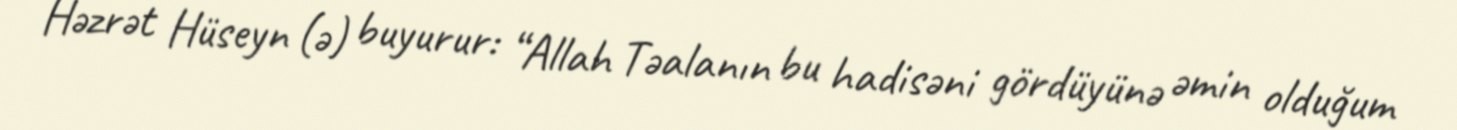
Həzrət Hüseyn (ə) buyurur: “Allah Təalanın bu hadisəni gördüyünə əmin olduğum